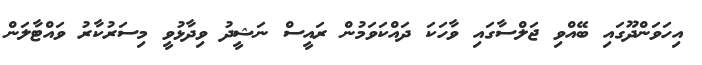
އިހަވަންދޫގައި ބޭއްވި ޖަލްސާގައި ވާހަކަ ދައްކަވަމުން ރައީސް ނަޝީދު ވިދާޅުވީ މިސަރުކާރު ވައްޓާލަން